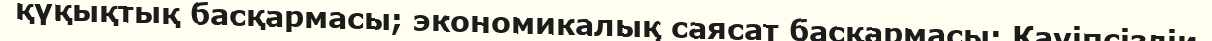
қүқықтық басқармасы; экономикалық саясат басқармасы; Қауіпсіздік